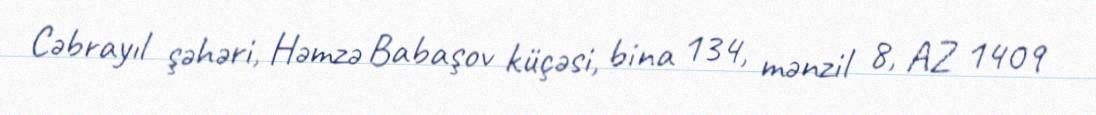
Cəbrayıl şəhəri, Həmzə Babaşov küçəsi, bina 134, mənzil 8, AZ 1409